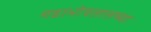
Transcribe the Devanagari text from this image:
गडाभोवतालच्या